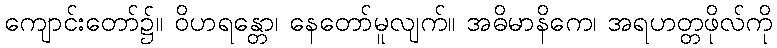
ကျောင်းတော်၌။ ဝိဟရန္တော၊ နေတော်မူလျက်။ အဓိမာနိကေ၊ အရဟတ္တဖိုလ်ကို